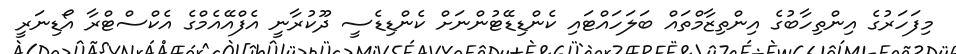
މިފަހަރުގެ އިންތިހާބުގެ އިންތިޒާމްތައް ބަލަހައްޓައި ކެންޑިޑޭޓުންނަށް ކެންޑިޑެސީ ދޫކުރާނީ އެފްއޭއެމްގެ އެކްސްޓްރާ އޯޑިނަރީ